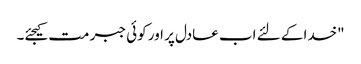
"خدا کے لئے اب عادل پر اور کوئی جبر مت کیجئے۔